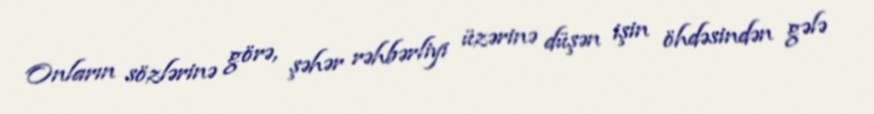
Onların sözlərinə görə, şəhər rəhbərliyi üzərinə düşən işin öhdəsindən gələ